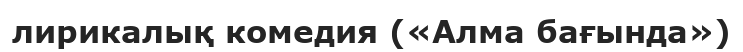
лирикалық комедия («Алма бағында»)